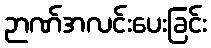
ဉာဏ်အလင်းပေးခြင်း